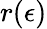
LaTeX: r(\epsilon)